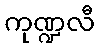
ကုဏ္ဍလီ